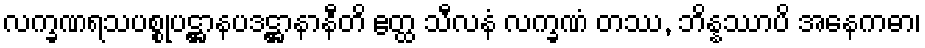
လက္ခဏရသပစ္စုပဋ္ဌာနပဒဋ္ဌာနာနီတိ ဧတ္ထ သီလနံ လက္ခဏံ တဿ, ဘိန္နဿာပိ အနေကဓာ၊